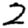
Digit: 2